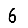
Digit: 6